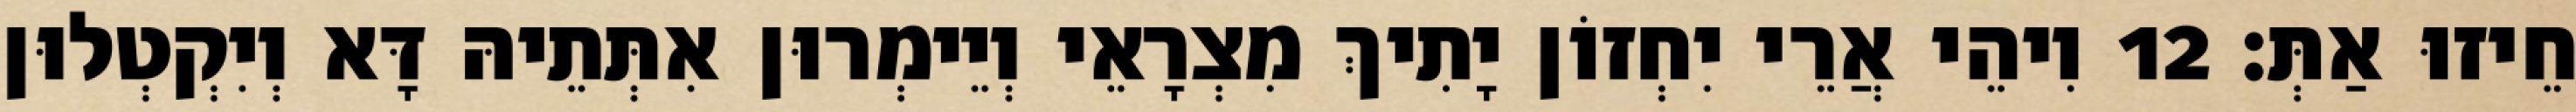
חֵיזוּ אַתְּ׃ 12 וִיהֵי אֲרֵי יִחְזוֹן יָתִיךְ מִצְרָאֵי וְיֵימְרוּן אִתְּתֵיהּ דָּא וְיִקְטְלוּן